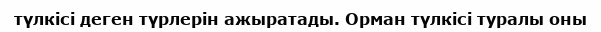
түлкісі деген түрлерін ажыратады. Орман түлкісі туралы оны